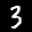
Label: 3